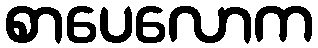
စာပေလောက